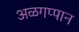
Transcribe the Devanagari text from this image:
अळगप्पान